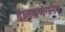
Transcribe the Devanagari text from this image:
हातकणंगलेत